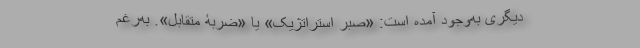
دیگری به‌وجود آمده است: «صبرِ استراتژیک» یا «ضربۀ متقابل». به‌رغم